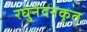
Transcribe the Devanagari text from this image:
रघुनंदनकृत